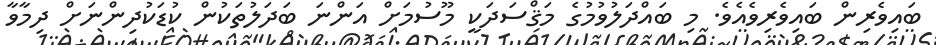
ބައިވެރިން ބައިވެރިވެއެވެ. މި ބައްދަލުވުމުގެ މަޤްސަދަކީ މޫސުމަށް އަންނަ ބަދަލުތަކުން ކުޑަކުދިންނަށް ދިމާވާ